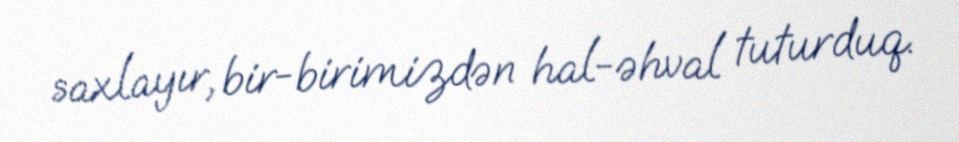
saxlayır, bir-birimizdən hal-əhval tuturduq.